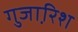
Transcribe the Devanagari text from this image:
गुजा़रिश